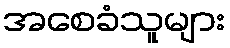
အစေခံသူများ